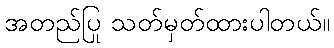
အတည်ပြု သတ်မှတ်ထားပါတယ်။